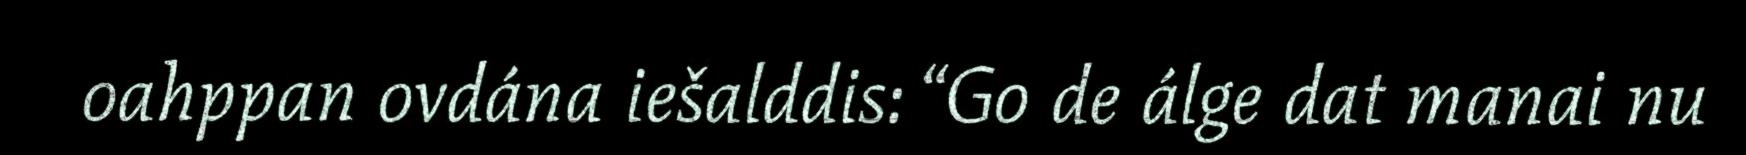
oahppan ovdána iešalddis: “Go de álge dat manai nu